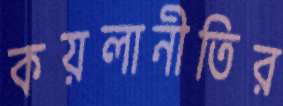
কয়লানীতির